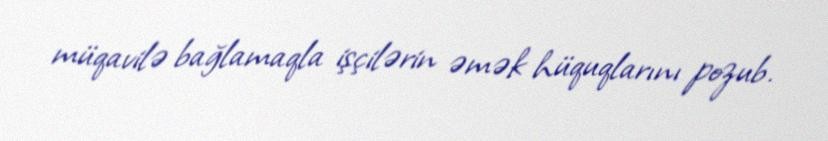
müqavilə bağlamaqla işçilərin əmək hüquqlarını pozub.